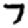
Digit: 7